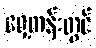
ရှေ့တန်းတွင်